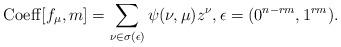
LaTeX: \begin{align*}{\rm Coeff}[f_{\mu},m]=\sum_{\nu \in \sigma(\epsilon)}\psi(\nu,\mu)z^{\nu},\epsilon = (0^{n-rm},1^{rm}).\end{align*}